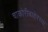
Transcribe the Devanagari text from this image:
चाकोरीबाहेरच्या